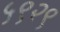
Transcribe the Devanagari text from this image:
५९२९